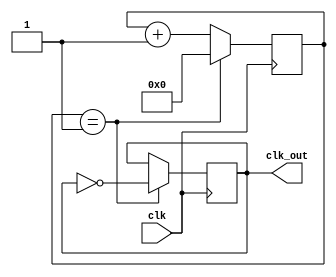
/*
*	Name: division.v
*	Function: ,1/2DIV_NUM
*	Input: clk
*	Output: clk_out
*/
module division(clk, clk_out);
	
	parameter DIV_NUM = 1; //
	
	input clk;
	output reg clk_out;
	reg [19:0]count;
	
	always@(posedge clk)
	begin
		if(count == DIV_NUM)
		begin
			clk_out <= !clk_out;
			count <= 0;
		end
		else
			count <= count + 1;
	end
	
endmodule